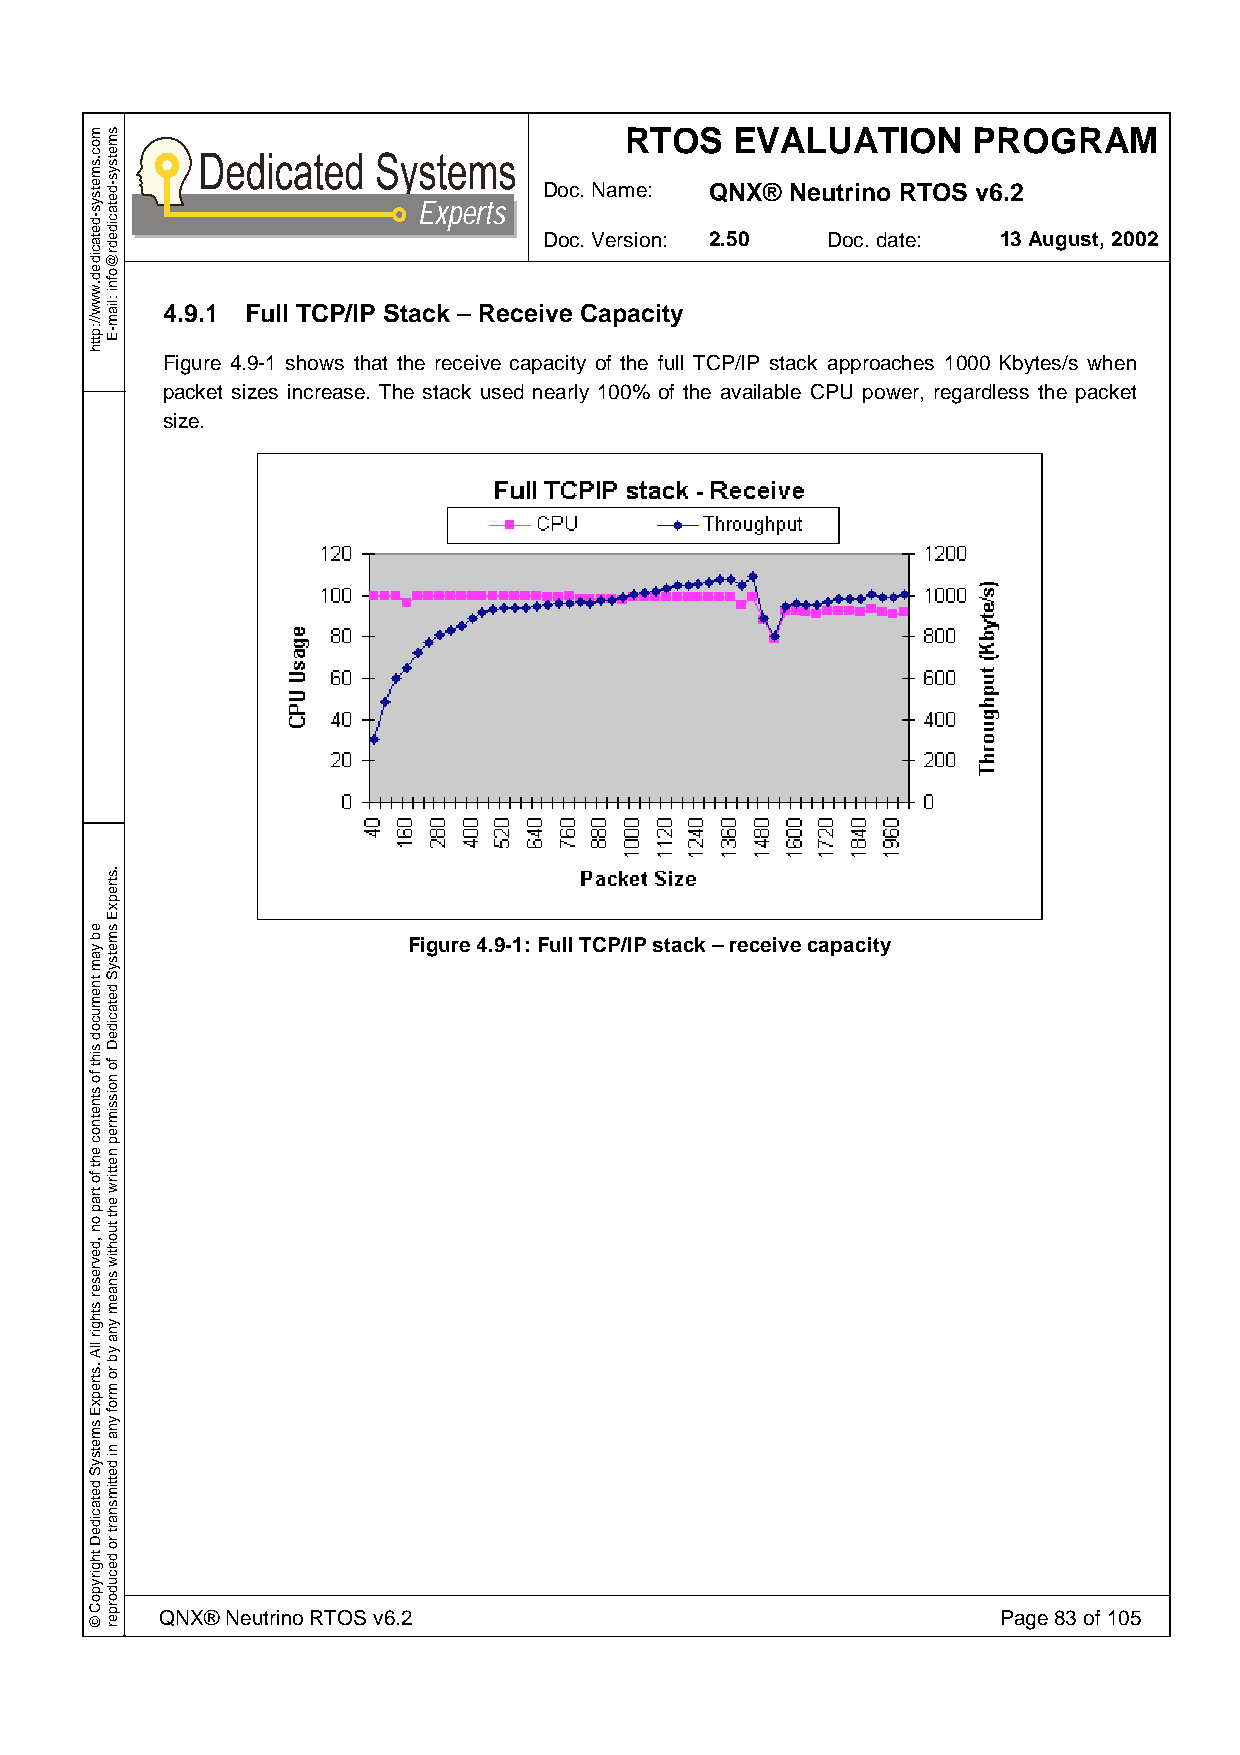
RTOS    EVALUATION     PROGRAM
 Doc. Name: QNX® Neutrino RTOS v6.2
 Experts
 Doc. Version: 2.50 Doc. date: 13 August, 2002
 4.9.1 Full TCP/IP Stack – Receive Capacity
 Figure 4.9-1 shows that the receive capacity of the full TCP/IP stack approaches 1000 Kbytes/s when
 packet sizes increase. The stack used nearly 100% of the available CPU power, regardless the packet
 size.
 Figure 4.9-1: Full TCP/IP stack – receive capacity
 QNX® Neutrino RTOS v6.2                                Page 83 of 105
 moc.smetsys-detacided.www//:ptth
 eb
 yam
 tnemucod
 siht
 fo
 stnetnoc
 eht
 fo
 trap
 on
 ,devreser
 sthgir
 llA
 .strepxE
 smetsyS
 detacideD
 thgirypoC
 ©
 smetsys-detacidedr@ofni
 :liam-E
 .strepxE
 smetsyS
 detacideD
 fo
 noissimrep
 nettirw
 eht
 tuohtiw
 snaem
 yna
 yb
 ro
 mrof
 yna
 ni
 dettimsnart
 ro
 decudorper